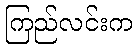
ကြည်လင်းက